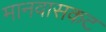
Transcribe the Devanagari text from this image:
मानवासकट